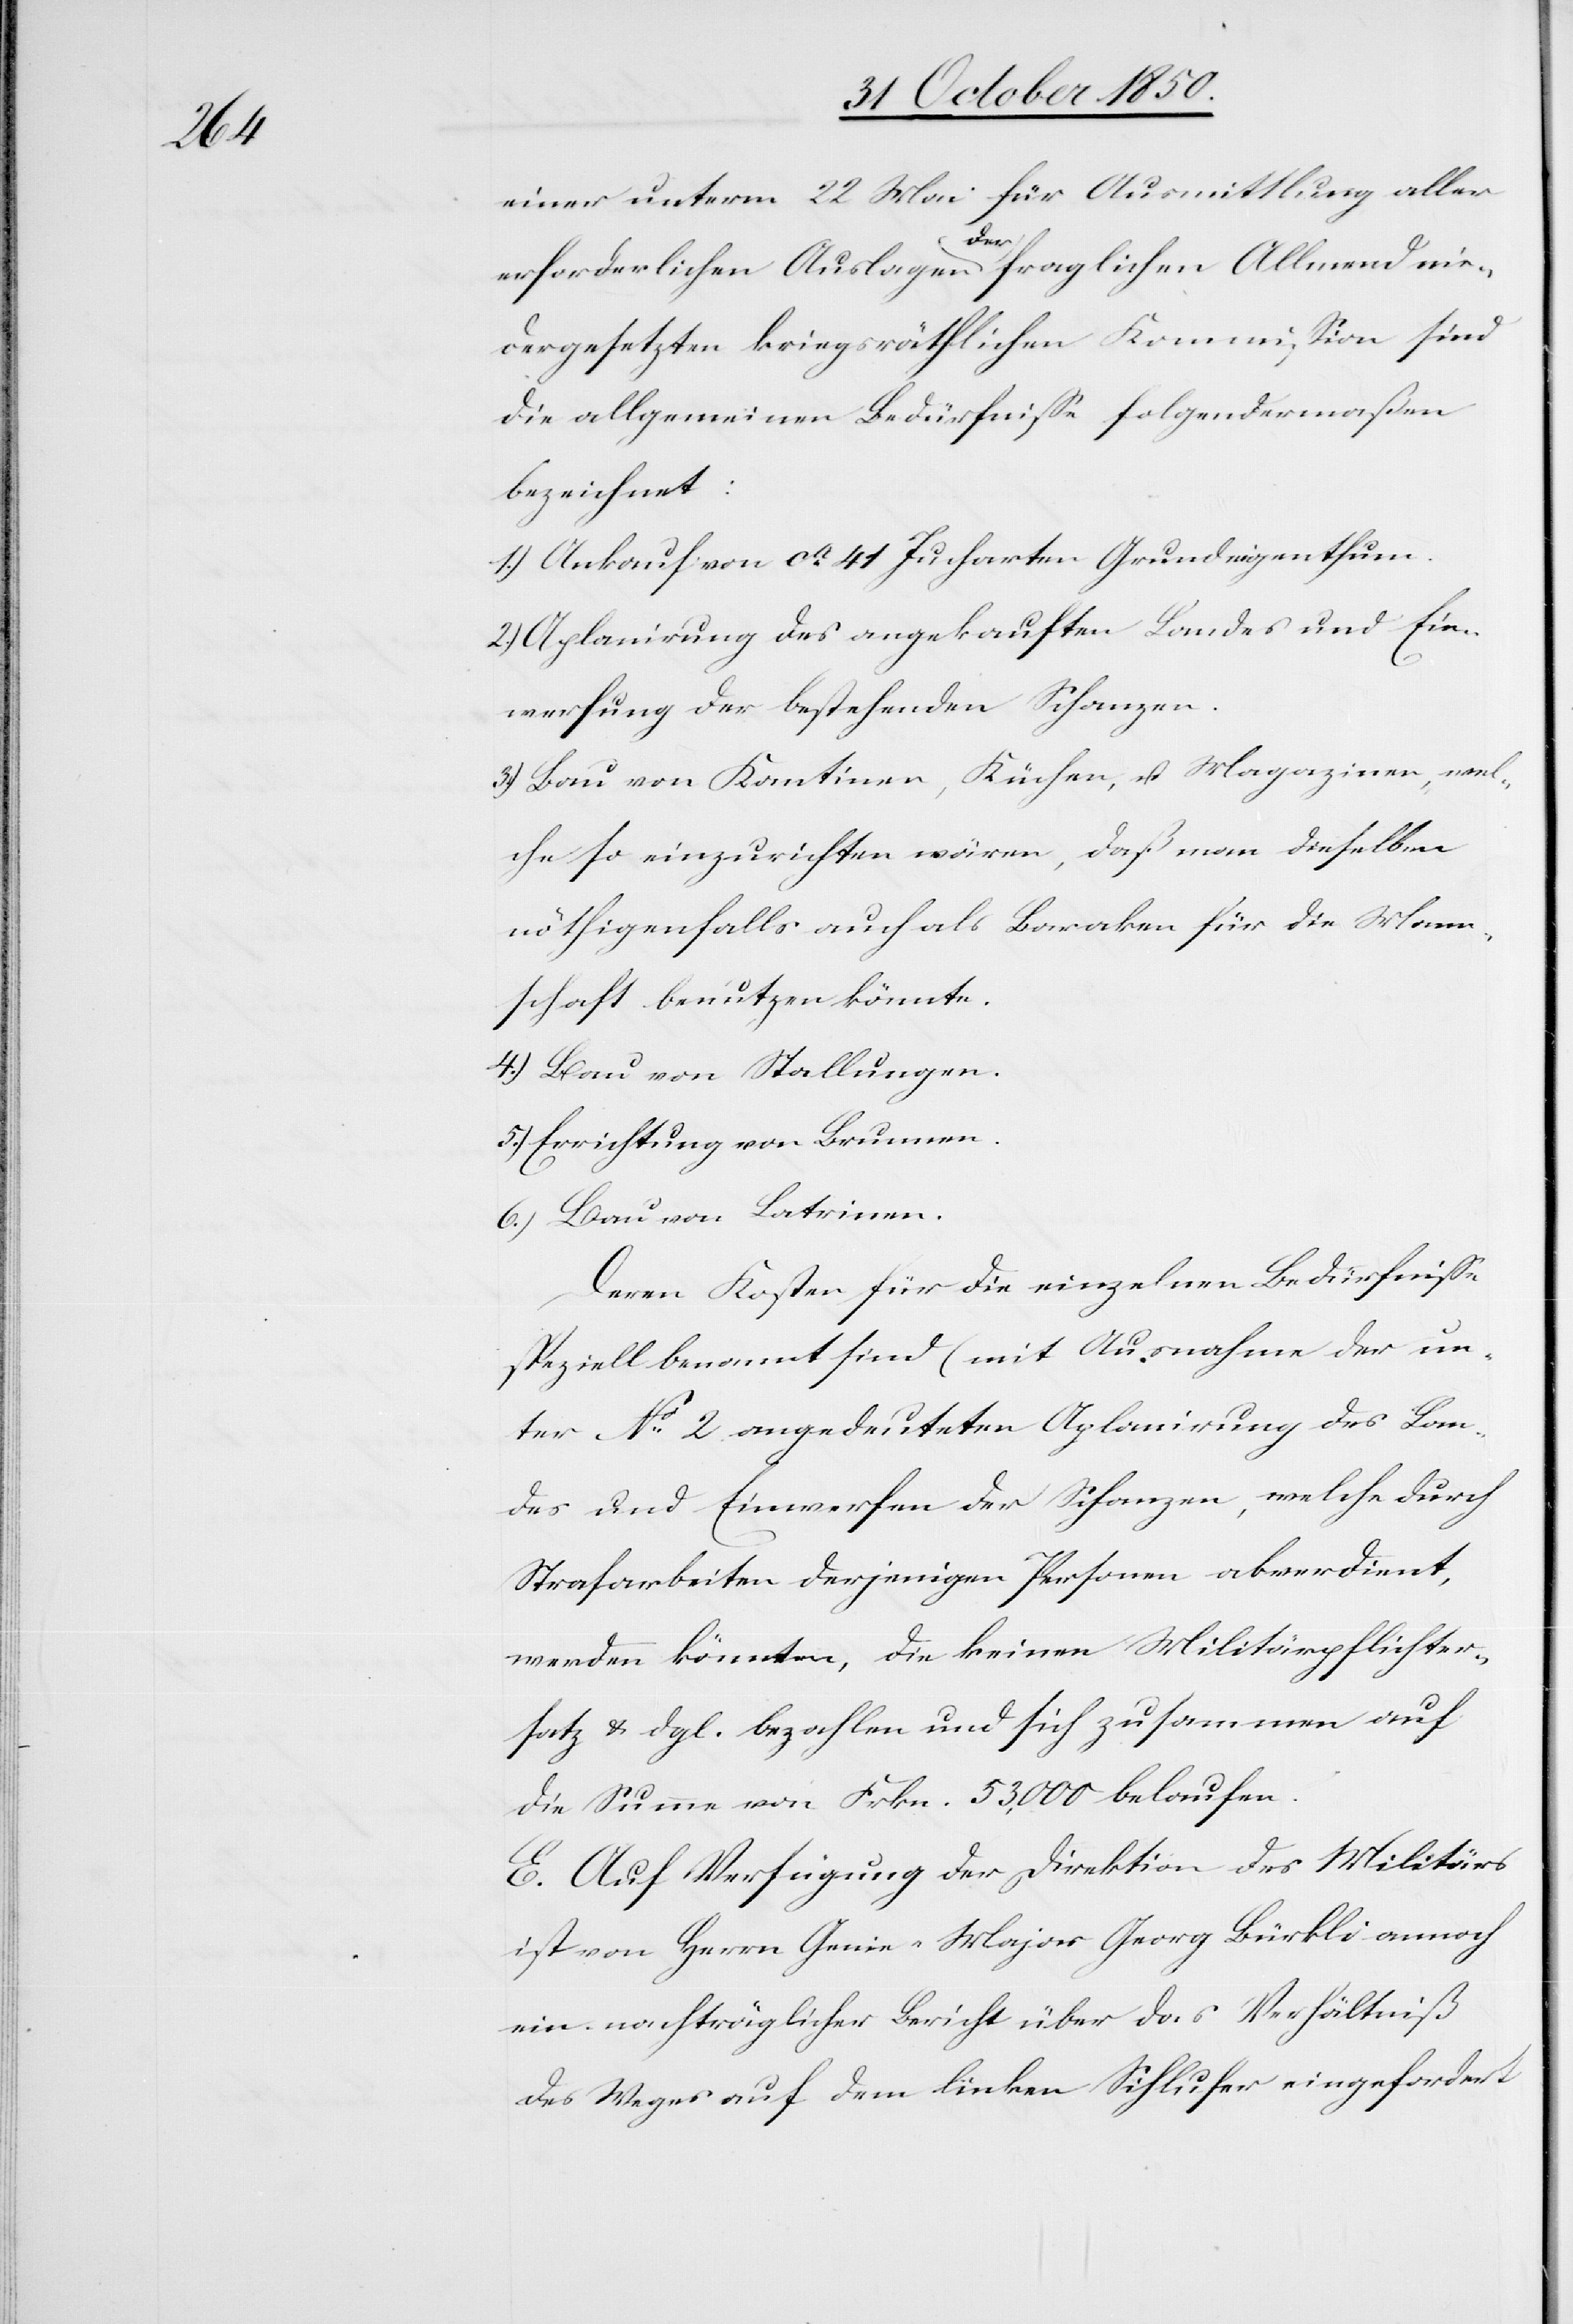
einer unterm 22 Mai für Ausmittlung aller
erforderlichen Auslagen der fraglichen Allmend nie¬
dergesetzten kriegsräthlichen Kommission sind
die allgemeinen Bedürfnisse folgendermaßen
bezeichnet:
1.) Ankauf von ca 41 Jucharten Grundeigenthum.
2.) Aplanirung des angekauften Landes und Ein¬
werfung der bestehenden Schanzen.
3.) Bau von Kantinen, Küchen, u. Magazinen, wel¬
che so einzurichten wären, daß man dieselben
nöthigenfalls auch als Baraken für die Mann¬
schaft benutzen könnte.
4.) Bau von Stallungen.
5.) Errichtung von Brunnen.
6.) Bau von Latrinen.
Deren Kosten für die einzelnen Bedürfnisse
speziell benannt sind (mit Ausnahme der un¬
ter No 2 angedeuteten Aplanirung des Lan¬
des und Einwerfen der Schanzen, welche durch
Strafarbeiten derjenigen Personen abverdient,
werden könnten, die keinen Militärpflichter¬
satz & dgl. bezahlen und sich zusammen auf
die Summe von Frkn. 53,000 belaufen.
E. Auf Verfügung der Direktion des Militärs
ist von Herrn Genie-Major Georg Bürkli annoch
ein nachträglicher Bericht über das Verhältniß
des Weges auf dem linken Sihlufer eingefordert